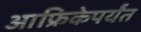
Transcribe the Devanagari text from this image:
आफ्रिकेपर्यंत